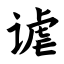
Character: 谑